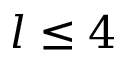
l \leq 4